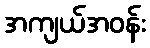
အကျယ်အဝန်း